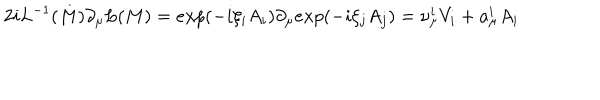
2 i L ^ { - 1 } ( M ) \partial _ { \mu } L ( M ) = e x p ( { - i } \xi _ { i } A _ { i } ) \partial _ { \mu } e x p ( { - i } \xi _ { j } A _ { j } ) = \nu _ { \mu } ^ { i } V _ { i } + a _ { \mu } ^ { i } A _ { i }